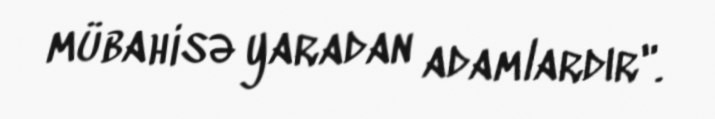
mübahisə yaradan adamlardır".